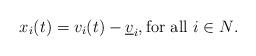
LaTeX: \begin{align*} x_i(t) = v_i(t)-\underline{v}_i, \mbox{for all $i \in N$}.\end{align*}